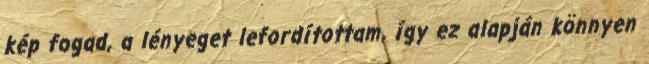
kép fogad, a lényeget lefordítottam, így ez alapján könnyen